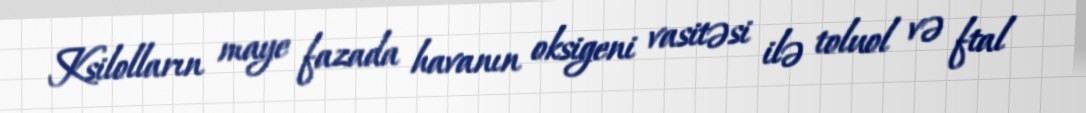
Ksilolların maye fazada havanın oksigeni vasitəsi ilə toluol və ftal